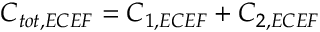
\boldsymbol { C } _ { t o t , E C E F } = \boldsymbol { C } _ { 1 , E C E F } + \boldsymbol { C } _ { 2 , E C E F }